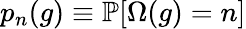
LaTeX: p_{n}(g)\equiv\mathbb{P}[\Omega(g)=n]